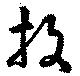
投